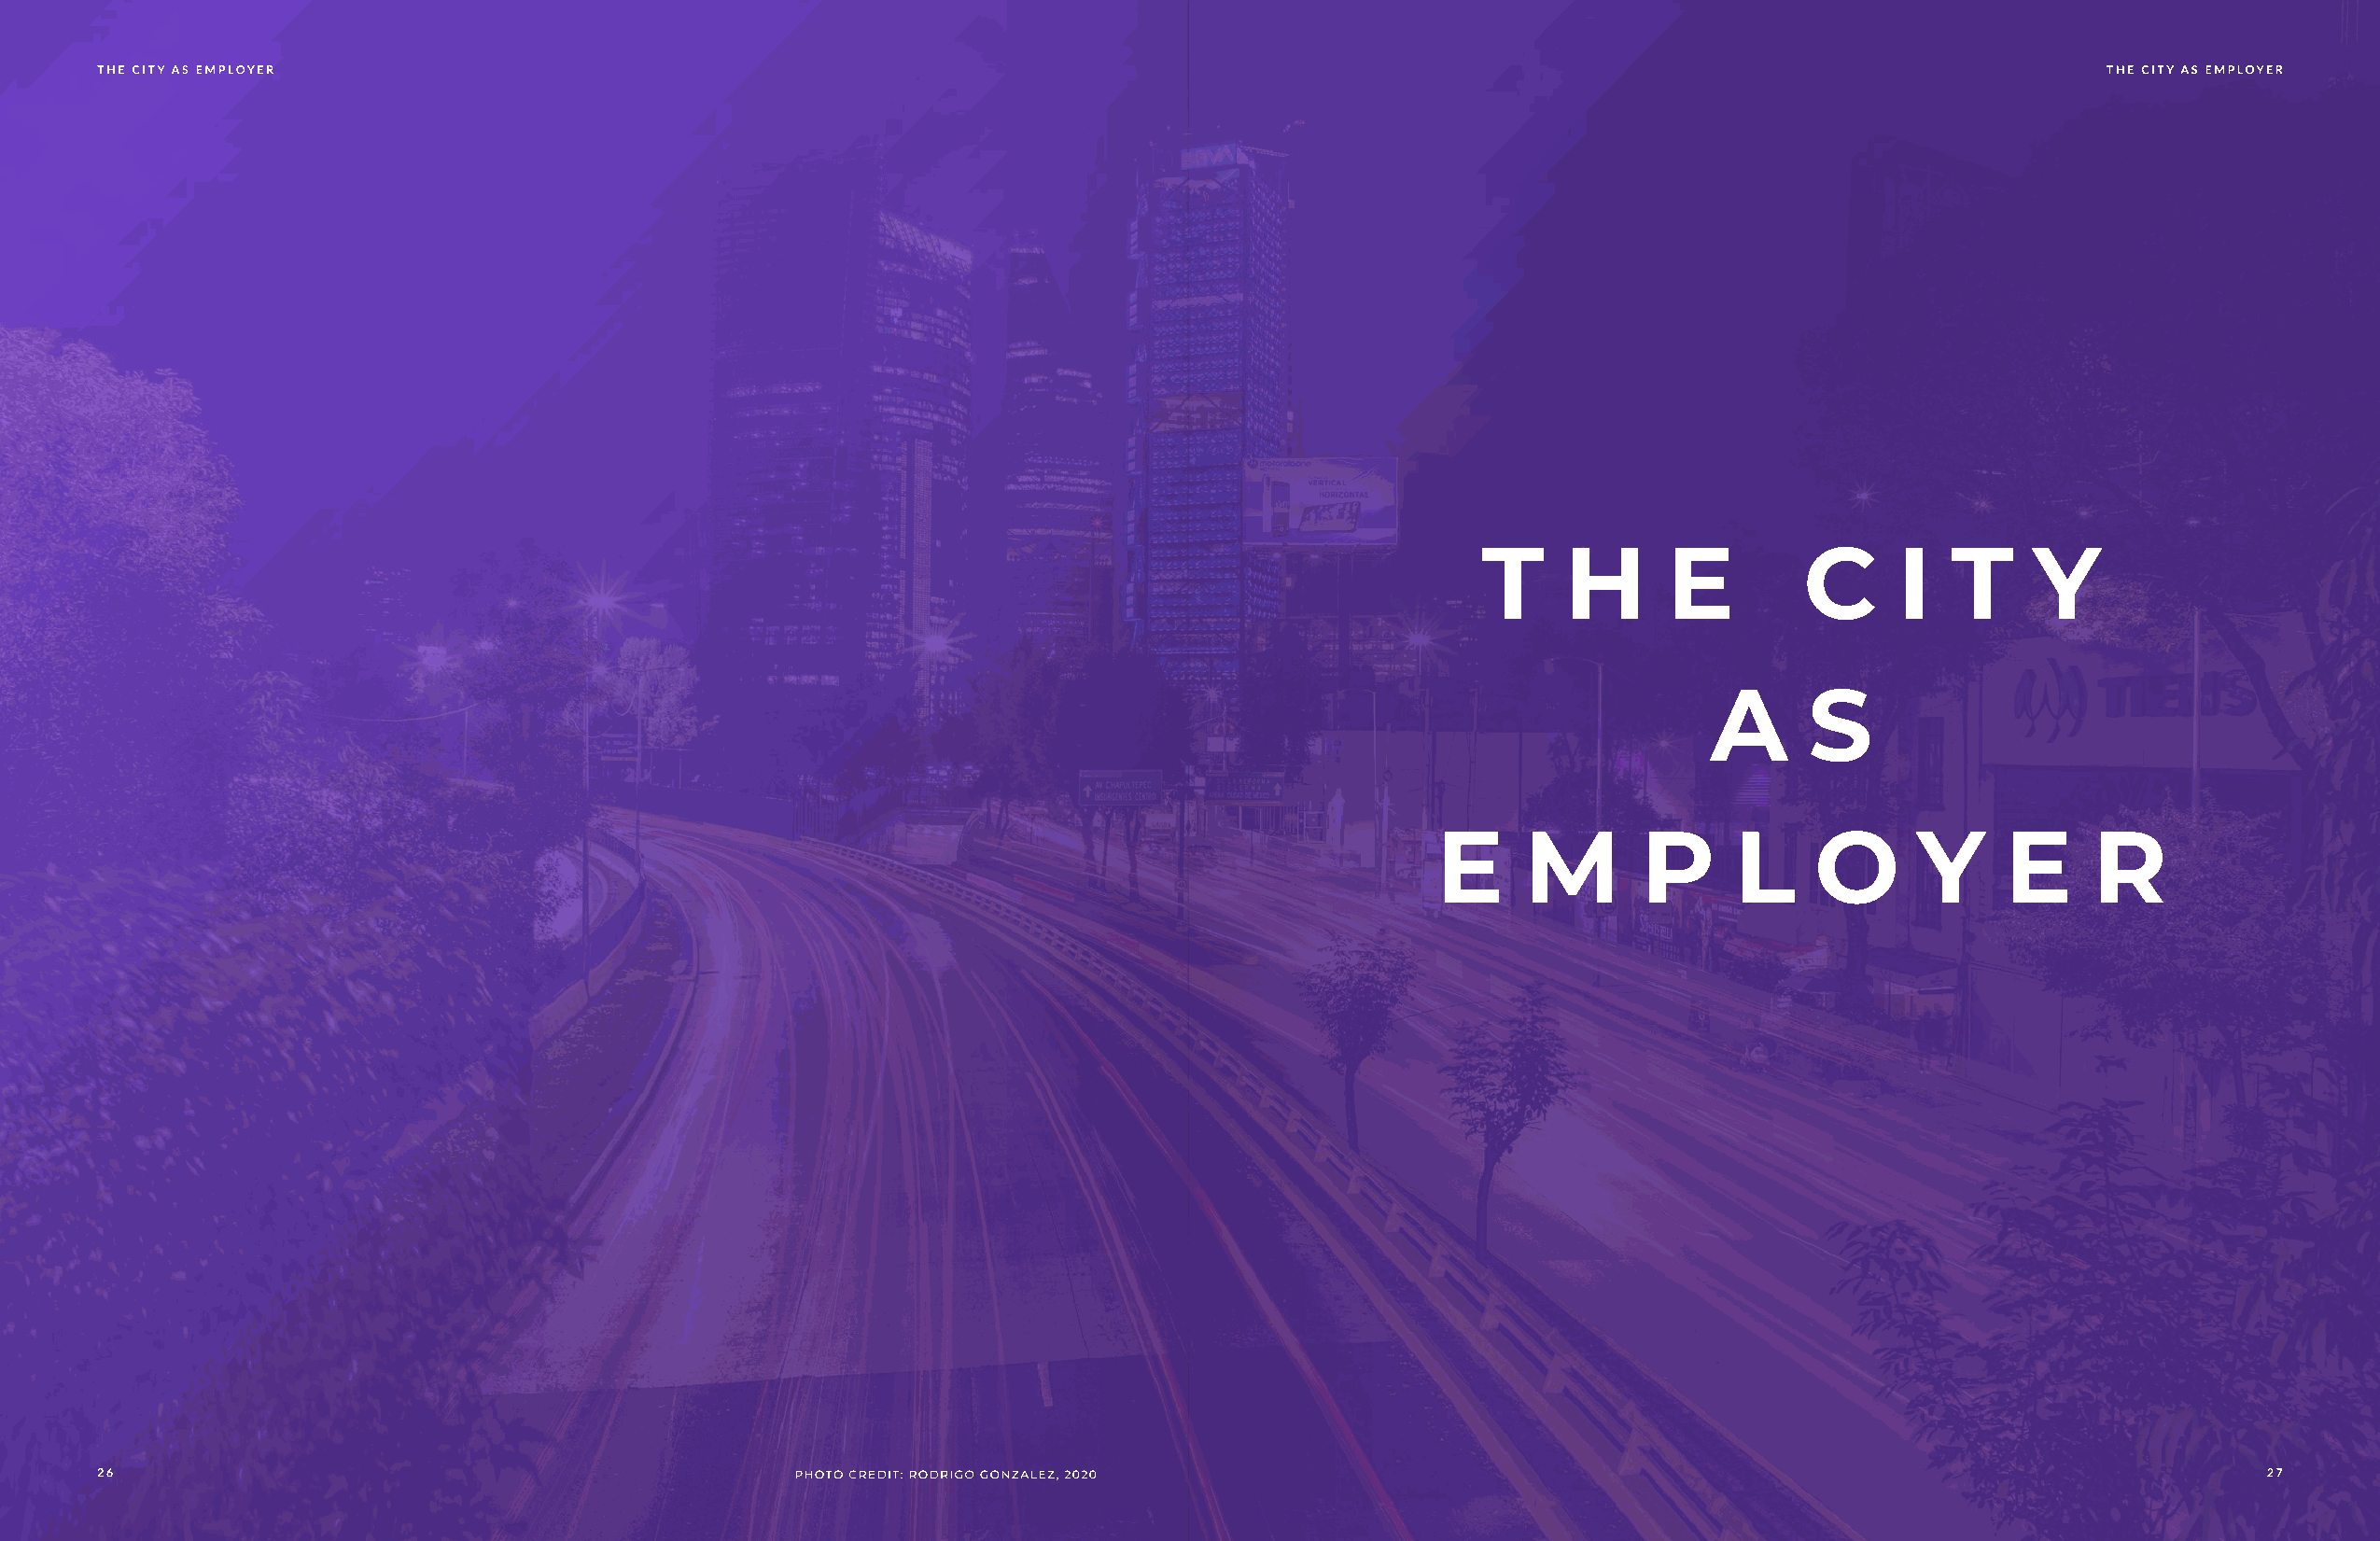
the city as employer                                                                                                                          the city as employer
 t     h      e         c      i  t     y
 a      s
 e     m       p      l     o      y     e     r
 26                                               photo credit: rodrigo gonzalez, 2020                                                                     27